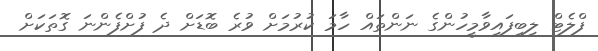
ފްލެޓް ލިބިފައިވާމީހުންގެ ނަންތައް ހާމަ ކުރުމަށް ވުރެ ބޮޑަށް ދެ ފުށްފެންނަ ގޮތަކަށް